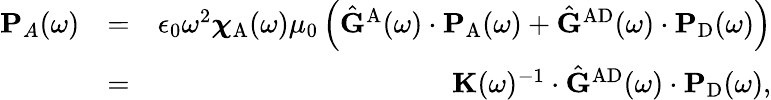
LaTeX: \begin{array}{rlr}{\mathbf{P}_{A}(\omega)}&{=}&{\epsilon_{0}\omega^{2}{\boldsymbol{\chi}}_{\mathrm{A}}(\omega)\mu_{0}\left(\hat{\mathbf{G}}^{\mathrm{A}}(\omega)\cdot\mathbf{P}_{\mathrm{A}}(\omega)+\hat{\mathbf{G}}^{\mathrm{AD}}(\omega)\cdot\mathbf{P}_{\mathrm{D}}(\omega)\right)}\\ &{=}&{\mathbf{K}(\omega)^{-1}\cdot\hat{\mathbf{G}}^{\mathrm{AD}}(\omega)\cdot\mathbf{P}_{\mathrm{D}}(\omega),}\end{array}